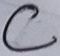
Text: C